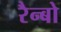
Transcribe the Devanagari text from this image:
रैन्बो